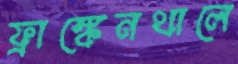
ফ্রাঙ্কেনথালে